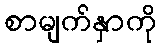
စာမျက်နှာကို